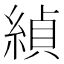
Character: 緽